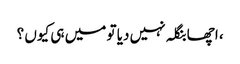
، اچھا بنگلہ نہیں دیا تو میں ہی کیوں ؟